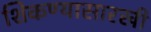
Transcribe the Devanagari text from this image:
शिकण्यासारखी